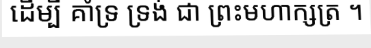
ដើម្បី គាំទ្រ ទ្រង់ ជា ព្រះមហាក្សត្រ ។